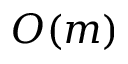
O ( m )